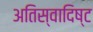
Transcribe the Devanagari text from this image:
अतिस्‍वादिष्‍ट